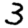
Digit: 3